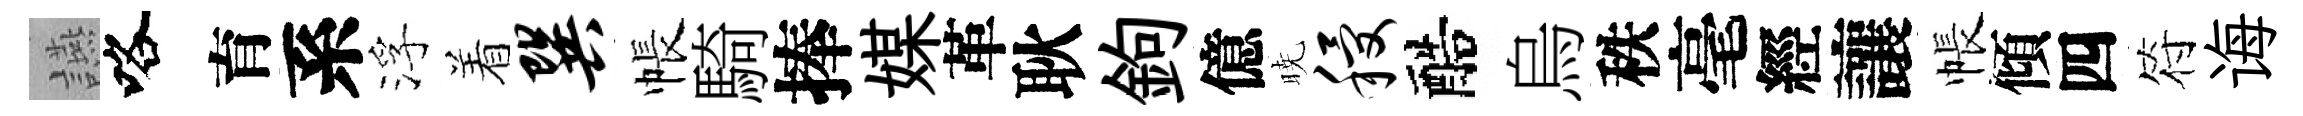
讌咯育系浮着巽帳騎捧媒革耿鉤億暁稷醅烏秩毫經讓帳傾四符诲